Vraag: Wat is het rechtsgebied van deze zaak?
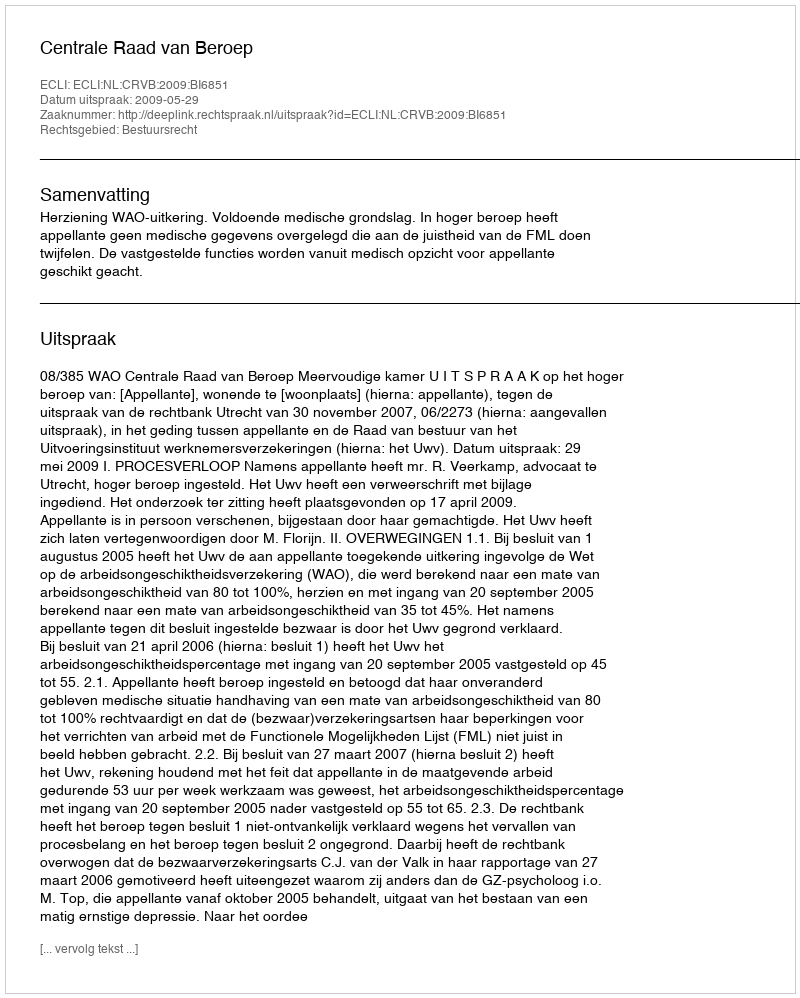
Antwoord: Bestuursrecht